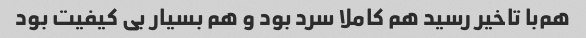
هم‌با تاخیر رسید هم کاملا سرد بود و هم بسیار بی کیفیت بود